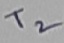
Text: T2